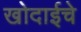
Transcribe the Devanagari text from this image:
खोदाईचे